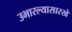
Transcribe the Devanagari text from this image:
उभारल्यासारखे